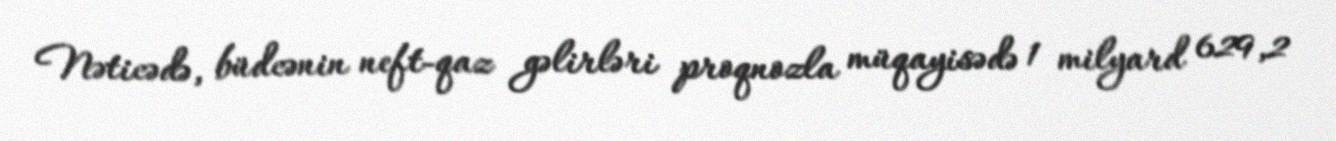
Nəticədə, büdcənin neft-qaz gəlirləri proqnozla müqayisədə 1 milyard 629,2